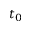
t _ { 0 }